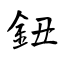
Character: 鈕